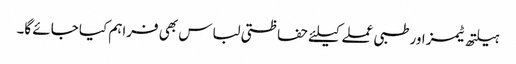
ہیلتھ ٹیمز اور طبی عملے کیلئے حفاظتی لباس بھی فراہم کیا جائے گا۔